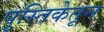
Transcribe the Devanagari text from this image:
पुस्तिकेतून